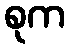
စုက